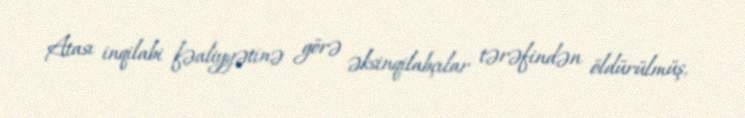
Atası inqilabi fəaliyyətinə görə əksinqilabçılar tərəfindən öldürülmüş,